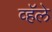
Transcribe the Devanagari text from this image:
व्हॅले